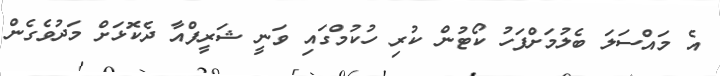
އެ މައްސަލަ ބެލުމަށްފަހު ކޯޓުން ކުރި ހުކުމްގައި ވަނީ ޝަރީފްއާ ދެކޮޅަށް މަދުވެގެން